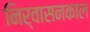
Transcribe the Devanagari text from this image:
निर्वासनकाल